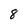
Character: 8